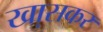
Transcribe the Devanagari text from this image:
खा़सकर